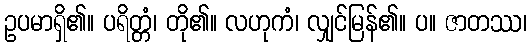
ဥပမာရှိ၏။ ပရိတ္တံ၊ တို၏။ လဟုကံ၊ လျှင်မြန်၏။ ပ။ ဇာတဿ၊